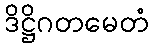
ဒိဋ္ဌိဂတမေတံ